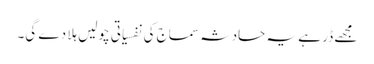
مجھے ڈر ہے یہ حادثہ سماج کی نفسیاتی چولیں ہلا دے گی۔